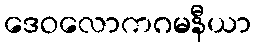
ဒေဝလောကဂမနီယာ